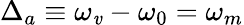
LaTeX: \Delta_{a}\equiv\omega_{\mathit{v}}-\omega_{0}=\omega_{m}